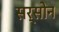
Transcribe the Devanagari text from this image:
सर्सोन